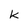
Character: K